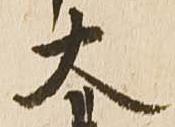
大